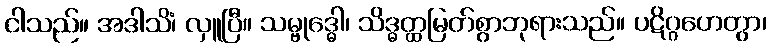
ငါသည်။ အဒါသိံ၊ လှူပြီ။ သမ္ဗုဒ္ဓေါ၊ သိဒ္ဓတ္ထမြတ်စွာဘုရားသည်။ ပဋိဂ္ဂဟေတွာ၊